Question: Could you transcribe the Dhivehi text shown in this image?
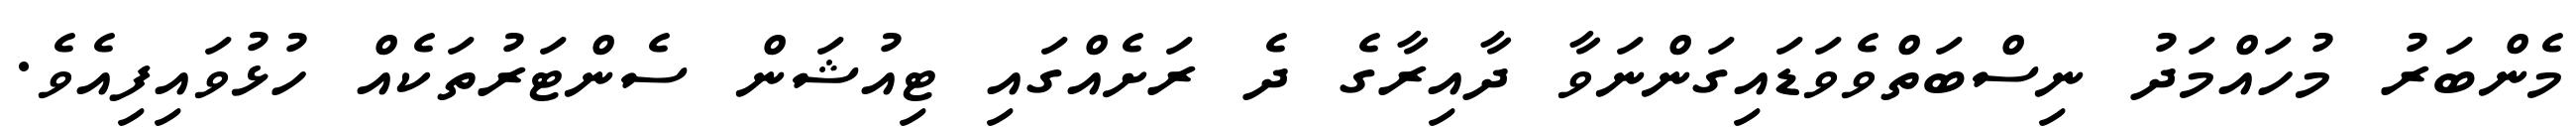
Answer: މެންބަރު މުހައްމަދު ނިސްބަތްވެވަޑައިގަންނަވާ ދާއިރާގެ ދެ ރަށެއްގައި ޓިއުޝަން ސެންޓަރުތަކެއް ހުޅުވައިފިއެވެ.